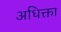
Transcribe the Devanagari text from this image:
अधिक्ता